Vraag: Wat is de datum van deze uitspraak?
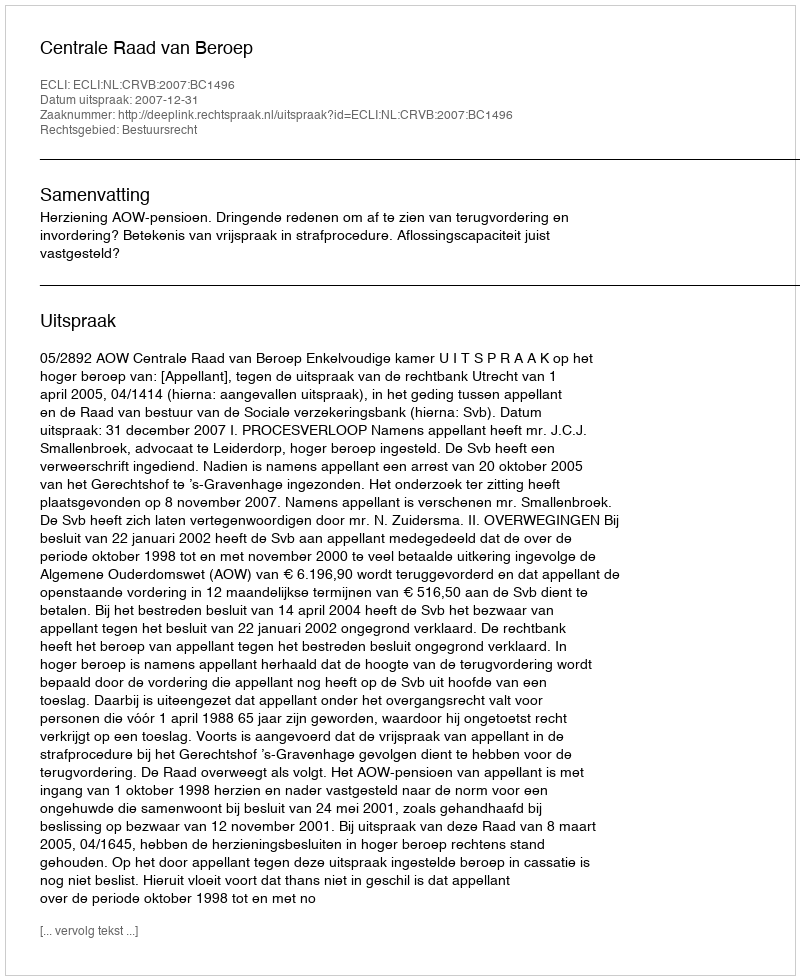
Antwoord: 2007-12-31